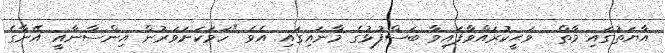
އާޔަތުގައި މާތް  ވަޙީކުރައްވާފައިވާ ބަސްފުޅުގެ މާނައިގައި އެވެ "ހަމަކަށަވަރުން އިންސާނާއީ އޭނާގެ